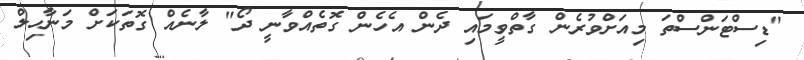
"ޑިސްޓަންސްތަ މިއަށްވުރެން ގާތްވީމައި ދެން އެހެން ގޮތެއްވާނީ ދޯ" ލާނެއް ގޮތަކަށް މަނާހިލް